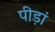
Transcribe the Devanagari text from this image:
पीड़ां